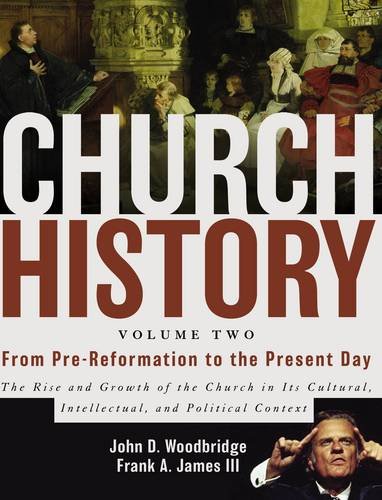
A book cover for Church History, Volume Two: From Pre-Reformation to the Present Day: The Rise and Growth of the Church in Its Cultural, Intellectual, and Political Context; John  D. Woodbridge; Business & Money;